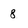
Character: 8